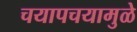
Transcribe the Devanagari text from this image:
चयापचयामुळे